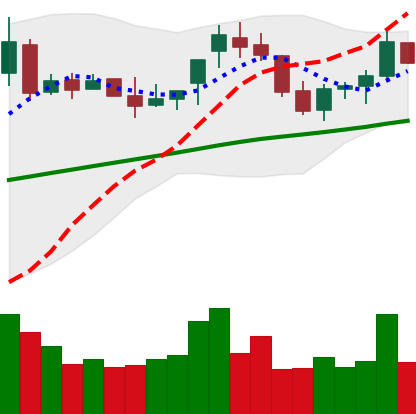
Ticker: BNB-USD
Chart end date: 2018-04-22
Forward return: 11.286%
Label: up_7plus